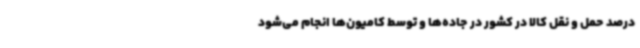
درصد حمل و نقل کالا در کشور در جاده‌ها و توسط کامیون‌ها انجام می‌شود